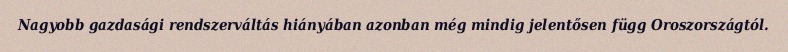
Nagyobb gazdasági rendszerváltás hiányában azonban még mindig jelentősen függ Oroszországtól.